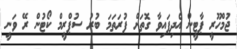
ޖުމްހޫރީ ޕާޓީން އެދިފައިވާ ގޮތަށް ފުރަތަމަ ބުރު ސުޕްރީމް ކޯޓުން ރޭ ވަނީ